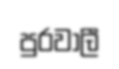
පුරවාලී